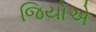
જિયોએ